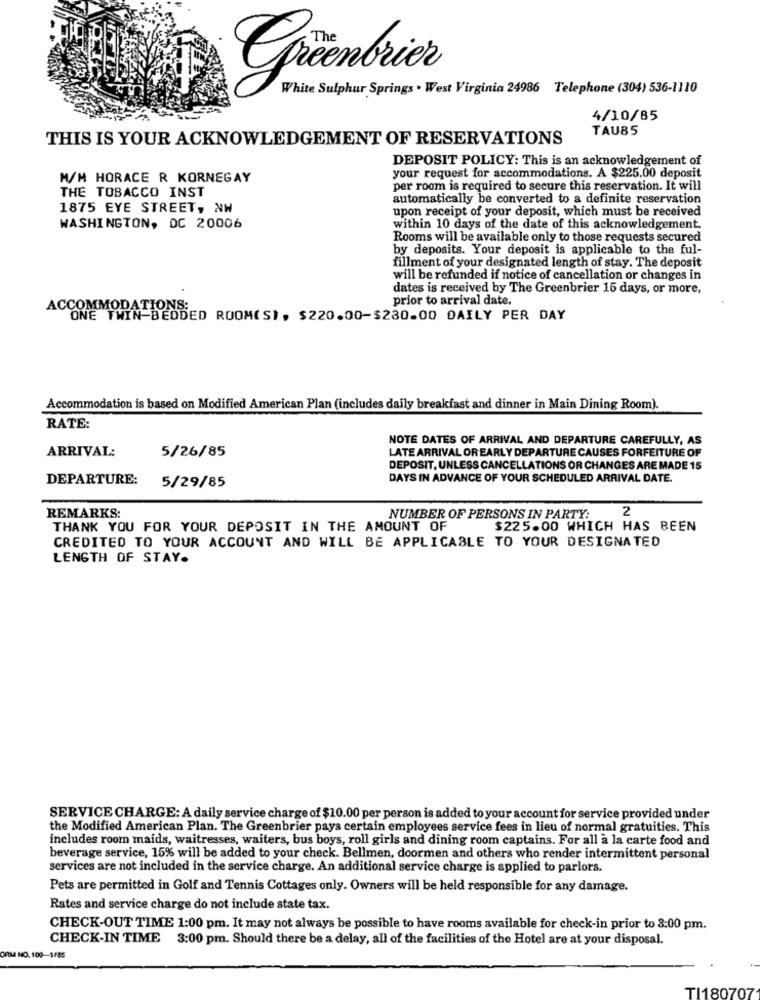
White Sulphur Springs . West Virginia 24986 Telephone (304) 536-1110
4/10/85
TAUBS
THIS IS YOUR ACKNOWLEDGEMENT OF RESERVATIONS
DEPOSIT POLICY: This is an acknowledgement of
your request for accommodations. A $225.00 deposit
M/M HORACE R KORNEGAY
THE TOBACCO INST
per room is required to secure this reservation. It will
automatically be converted to a definite reservation
1875 EYE STREET, NW
upon receipt of your deposit, which must be received
WASHINGTON, DC 20006
within 10 days of the date of this acknowledgement.
Rooms will be available only to those requests secured
by deposits. Your deposit is applicable to the ful-
fillment of your designated length of stay. The deposit
will be refunded if notice of cancellation or changes in
dates is received by The Greenbrier 15 days, or more,
prior to arrival date.
ACCOMMODATIONS:
ONE TWIN BEDDED ROOM(S), $220.00-$230.00 DAILY PER DAY
Accommodation is based on Modified American Plan (includes daily breakfast and dinner in Main Dining Room).
RATE:
NOTE DATES OF ARRIVAL AND DEPARTURE CAREFULLY, AS
ARRIVAL:
5/26/85
LATE ARRIVAL OR EARLY DEPARTURE CAUSES FORFEITURE OF
DEPOSIT, UNLESS CANCELLATIONS OR CHANGES ARE MADE 15
DEPARTURE:
DAYS IN ADVANCE OF YOUR SCHEDULED ARRIVAL DATE.
5/29/85
2
REMARKS:
NUMBER OF PERSONS IN PARTY:
THANK YOU FOR YOUR DEPOSIT IN THE AMOUNT OF
$225.00 WHICH HAS BEEN
CREDITED TO YOUR ACCOUNT AND WILL BE APPLICABLE TO YOUR DESIGNATED
LENGTH OF STAY.
SERVICE CHARGE: A daily service charge of $10.00 per person is added to your account for service provided under
the Modified American Plan. The Greenbrier pays certain employees service fees in lieu of normal gratuities. This
includes room maids, waitresses, waiters, bus boys, roll girls and dining room captains. For all à la carte food and
beverage service, 15% will be added to your check. Bellmen, doormen and others who render intermittent personal
services are not included in the service charge. An additional service charge is applied to parlors.
Pets are permitted in Golf and Tennis Cottages only. Owners will be held responsible for any damage.
Rates and service charge do not include state tax.
CHECK-OUT TIME 1:00 pm. It may not always be possible to have rooms available for check-in prior to 3:00 pm.
CHECK-IN TIME 3:00 pm. Should there be a delay, all of the facilities of the Hotel are at your disposal.
ORM NO. 100-1/85
TI180707